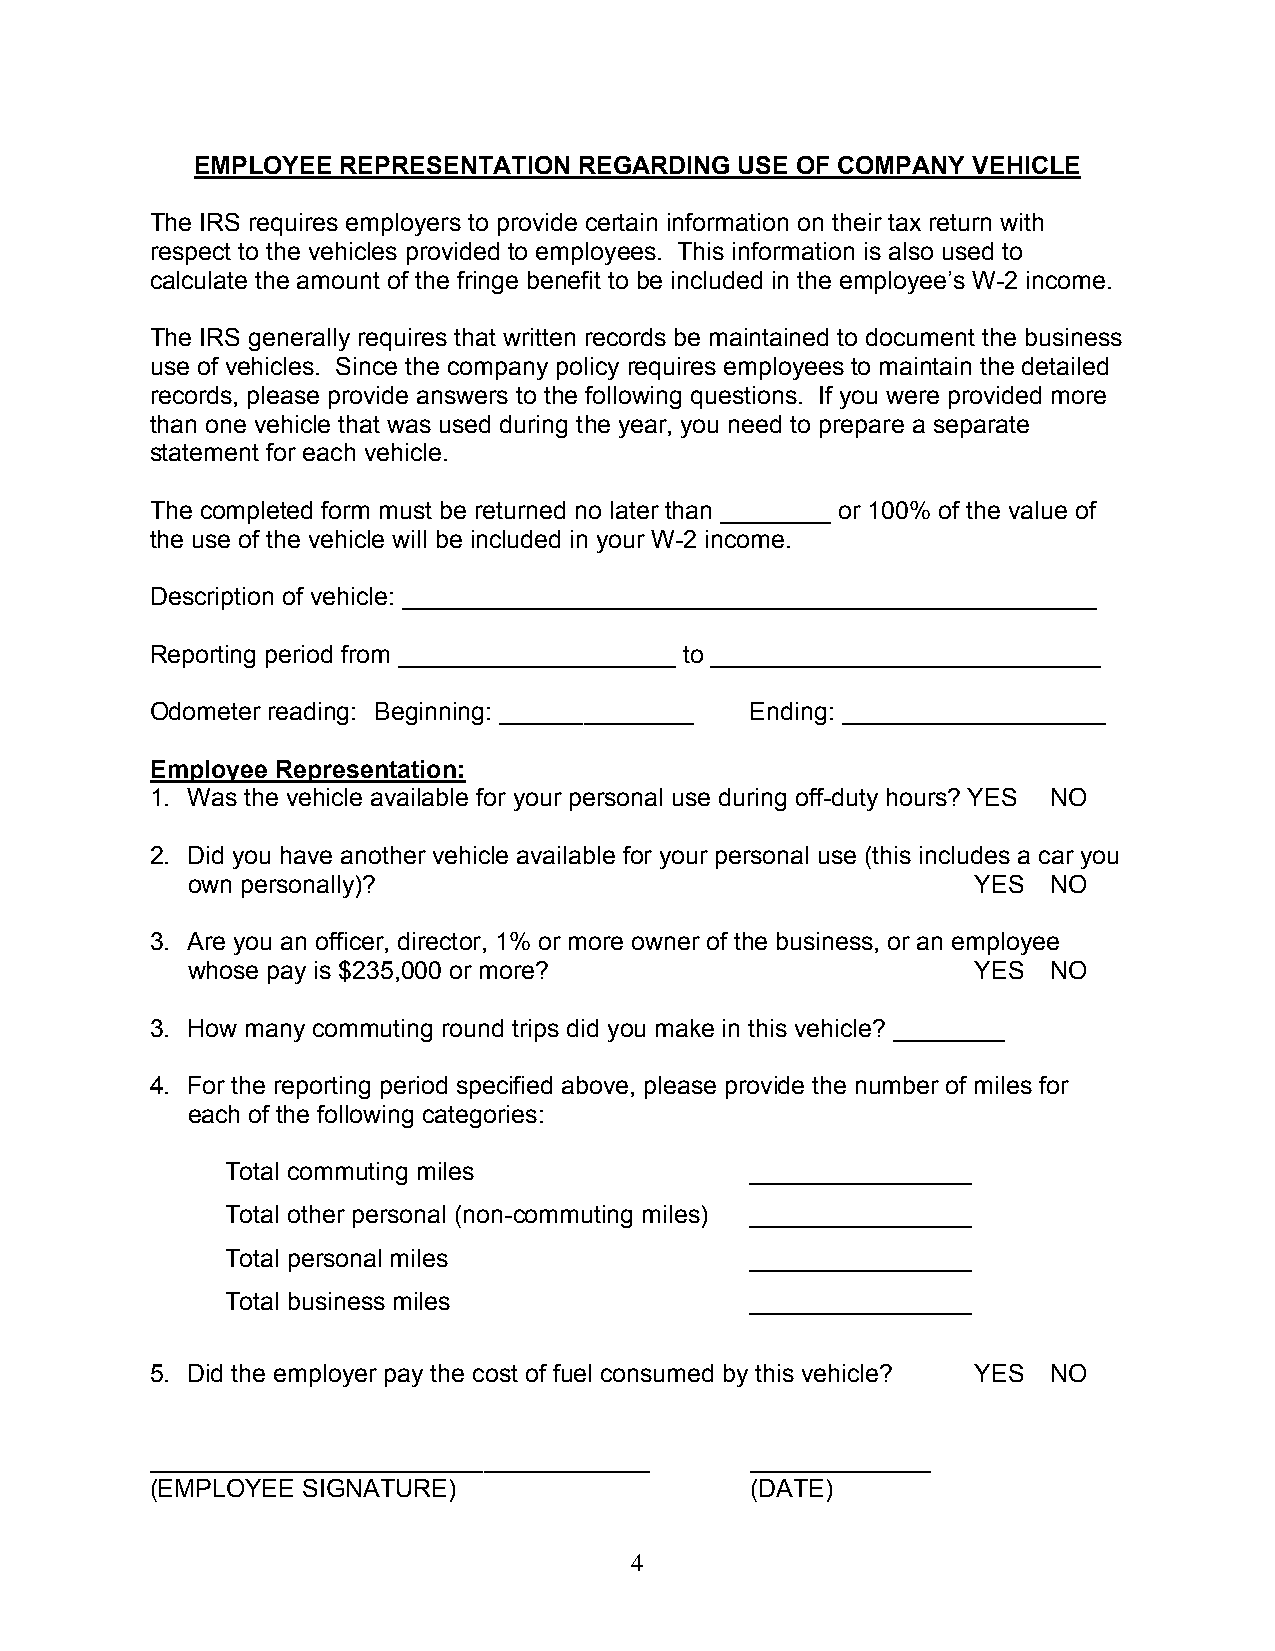
EMPLOYEE  REPRESENTATION REGARDING  USE OF COMPANY VEHICLE
 The IRS requires employers to provide certain information on their tax return with
 respect to the vehicles provided to employees. This information is also used to
 calculate the amount of the fringe benefit to be included in the employee’s W-2 income.
 The IRS generally requires that written records be maintained to document the business
 use of vehicles. Since the company policy requires employees to maintain the detailed
 records, please provide answers to the following questions. If you were provided more
 than one vehicle that was used during the year, you need to prepare a separate
 statement for each vehicle.
 The completed form must be returned no later than ________ or 100% of the value of
 the use of the vehicle will be included in your W-2 income.
 Description of vehicle: __________________________________________________
 Reporting period from ____________________ to ____________________________
 Odometer reading: Beginning: ______________ Ending: ___________________
 Employee Representation:
 1. Was the vehicle available for your personal use during off-duty hours? YES NO
 2. Did you have another vehicle available for your personal use (this includes a car you
 own personally)?                                     YES  NO
 3. Are you an officer, director, 1% or more owner of the business, or an employee
 whose pay is $235,000 or more?                       YES  NO
 3. How many commuting round trips did you make in this vehicle? ________
 4. For the reporting period specified above, please provide the number of miles for
 each of the following categories:
 Total commuting miles              ________________
 Total other personal (non-commuting miles) ________________
 Total personal miles               ________________
 Total business miles               ________________
 5. Did the employer pay the cost of fuel consumed by this vehicle? YES NO
 ____________________________________    _____________
 (EMPLOYEE SIGNATURE)                    (DATE)
 4